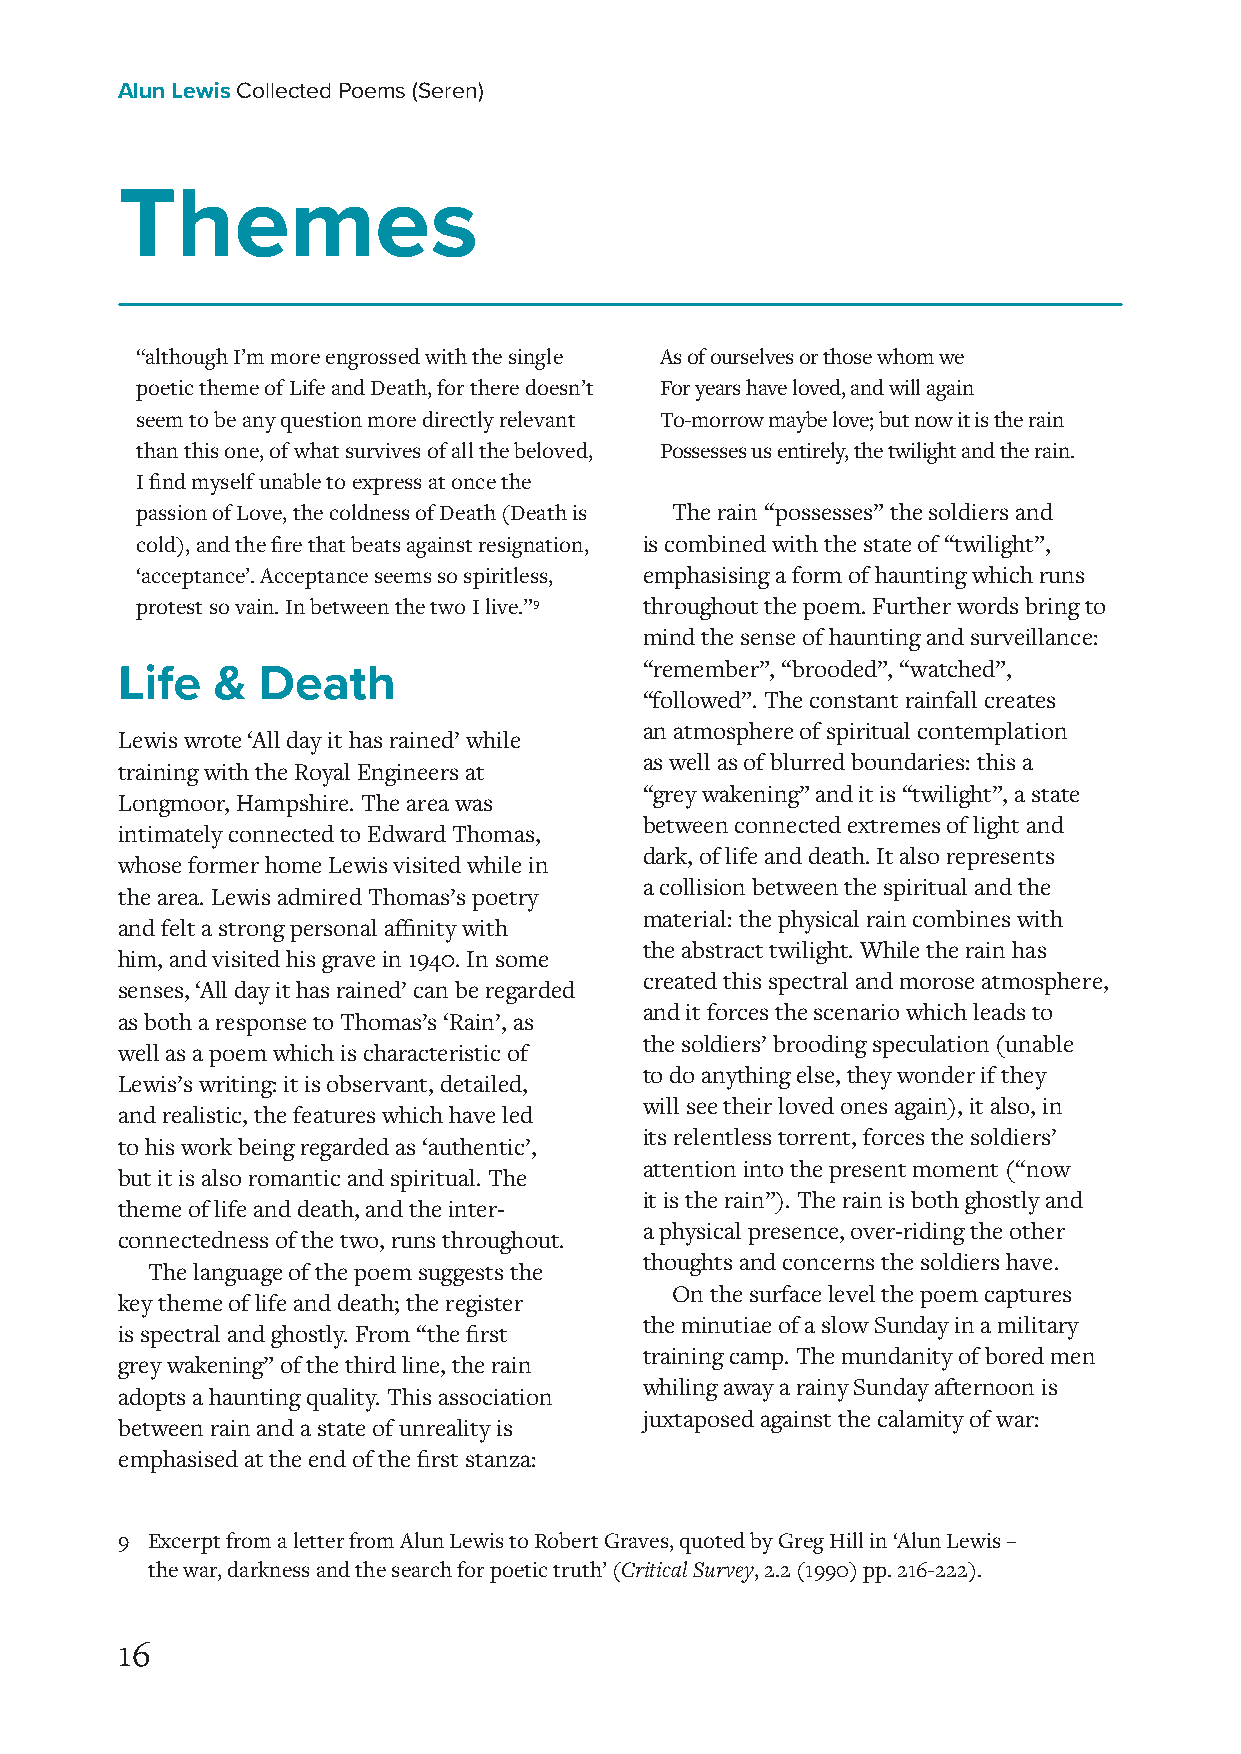
Alun Lewis Collected Poems (Seren)
 Themes
 “although I’m more engrossed with the single As of ourselves or those whom we
 poetic theme of Life and Death, for there doesn’t For years have loved, and will again
 seem to be any question more directly relevant To-morrow maybe love; but now it is the rain
 than this one, of what survives of all the beloved, Possesses us entirely, the twilight and the rain.
 I find myself unable to express at once the
 passion of Love, the coldness of Death (Death is The rain “possesses” the soldiers and
 cold), and the fire that beats against resignation, is combined with the state of “twilight”,
 ‘acceptance’. Acceptance seems so spiritless, emphasising a form of haunting which runs
 protest so vain. In between the two I live.”9 throughout the poem. Further words bring to
 mind the sense of haunting and surveillance:
 “remember”, “brooded”, “watched”,
 Life  &  Death
 “followed”. The constant rainfall creates
 an atmosphere of spiritual contemplation
 Lewis wrote ‘All day it has rained’ while
 as well as of blurred boundaries: this a
 training with the Royal Engineers at
 “grey wakening” and it is “twilight”, a state
 Longmoor, Hampshire. The area was
 between connected extremes of light and
 intimately connected to Edward Thomas,
 dark, of life and death. It also represents
 whose former home Lewis visited while in
 a collision between the spiritual and the
 the area. Lewis admired Thomas’s poetry
 material: the physical rain combines with
 and felt a strong personal affinity with
 the abstract twilight. While the rain has
 him, and visited his grave in 1940. In some
 created this spectral and morose atmosphere,
 senses, ‘All day it has rained’ can be regarded
 and it forces the scenario which leads to
 as both a response to Thomas’s ‘Rain’, as
 the soldiers’ brooding speculation (unable
 well as a poem which is characteristic of
 to do anything else, they wonder if they
 Lewis’s writing: it is observant, detailed,
 will see their loved ones again), it also, in
 and realistic, the features which have led
 its relentless torrent, forces the soldiers’
 to his work being regarded as ‘authentic’,
 attention into the present moment (“now
 but it is also romantic and spiritual. The
 it is the rain”). The rain is both ghostly and
 theme of life and death, and the inter-
 a physical presence, over-riding the other
 connectedness of the two, runs throughout.
 thoughts and concerns the soldiers have.
 The language of the poem suggests the
 On the surface level the poem captures
 key theme of life and death; the register
 the minutiae of a slow Sunday in a military
 is spectral and ghostly. From “the first
 training camp. The mundanity of bored men
 grey wakening” of the third line, the rain
 whiling away a rainy Sunday afternoon is
 adopts a haunting quality. This association
 juxtaposed against the calamity of war:
 between rain and a state of unreality is
 emphasised at the end of the first stanza:
 9 Excerpt from a letter from Alun Lewis to Robert Graves, quoted by Greg Hill in ‘Alun Lewis –
 the war, darkness and the search for poetic truth’ (Critical Survey, 2.2 (1990) pp. 216-222).
 16